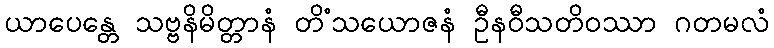
ယာပေန္တေ သဗ္ဗနိမိတ္တာနံ တိံသယောဇနံ ဦနဝီသတိဝဿာ ဂတမလံ